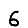
Digit: 6